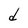
Character: d